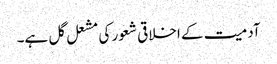
آدمیت کے اخلاقی شعور کی مشعل گل ہے۔